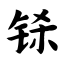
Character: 铩